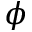
\phi